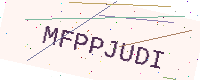
Text: MFPPJUDI